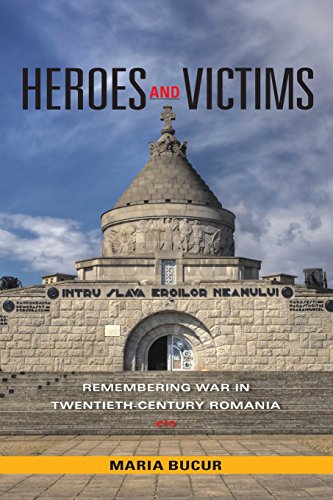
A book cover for Heroes and Victims: Remembering War in Twentieth-Century Romania (Indiana-Michigan Series in Russian and East European Studies); Maria Bucur-Deckard; History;